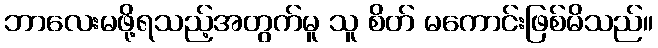
ဘာလေးမဖို့ရသည့်အတွက်မူ သူ စိတ် မကောင်းဖြစ်မိသည်။